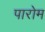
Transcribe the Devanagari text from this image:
पारोम